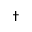
\dagger